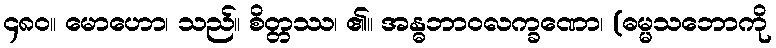
၄၈၀။ မောဟော၊ သည်။ စိတ္တဿ၊ ၏။ အန္ဓဘာဝလက္ခဏော၊ (ဓမ္မသဘောကို